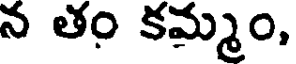
న తం కమ్మం,